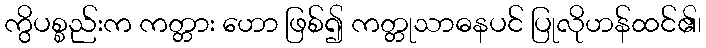
ကွိပစ္စည်းက ကတ္တား ဟော ဖြစ်၍ ကတ္တုသာဓနပင် ပြုလိုဟန်ထင်၏၊